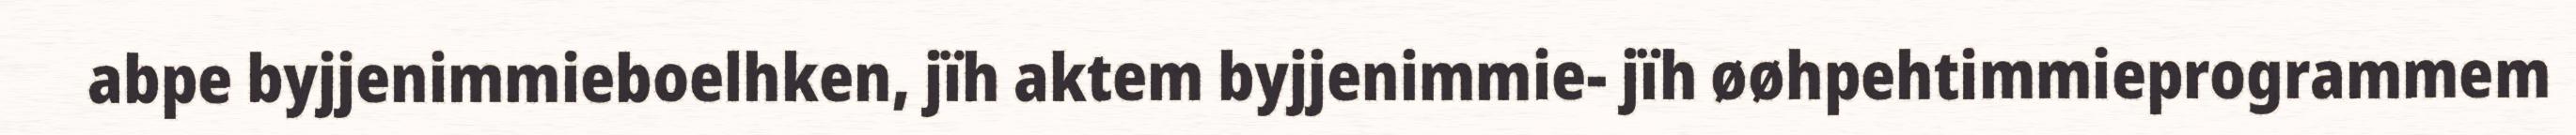
abpe byjjenimmieboelhken, jïh aktem byjjenimmie- jïh øøhpehtimmieprogrammem